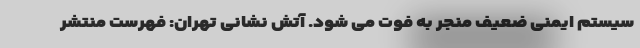
سیستم ایمنی ضعیف منجر به فوت می شود. آتش نشانی تهران: فهرست منتشر